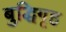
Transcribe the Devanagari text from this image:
बुद्धिगृह